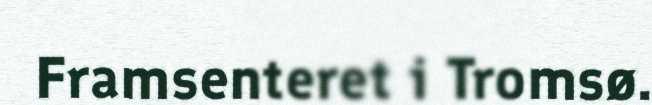
Framsenteret i Tromsø.